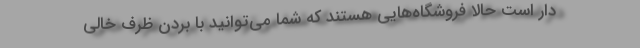
دار است حالا فروشگاه‌هایی هستند که شما می‌توانید با بردن ظرف خالی